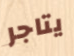
يتاجر